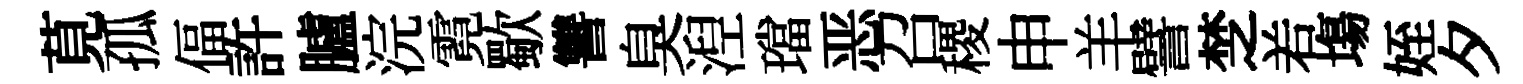
莧孤偪許臚浣霓歜讐臭湼璫恶召稷申羊譬椘𠰥塲姪夕